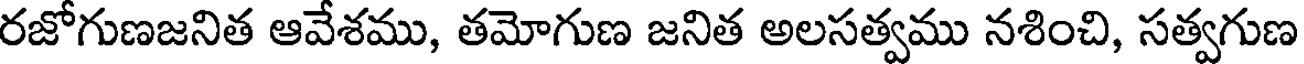
రజోగుణజనిత ఆవేశము, తమోగుణ జనిత అలసత్వము నశించి, సత్వగుణ